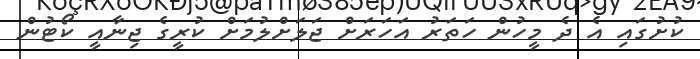
ކުށުގައި އެ ދެ މީހުން ހަތަރު އަހަރަށް ޖަލަށްލުމަށް ކުރީގެ ޖިނާއީ ކޯޓުން